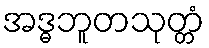
အဒ္ဓဘူတသုတ္တံ